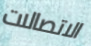
الاتصالات